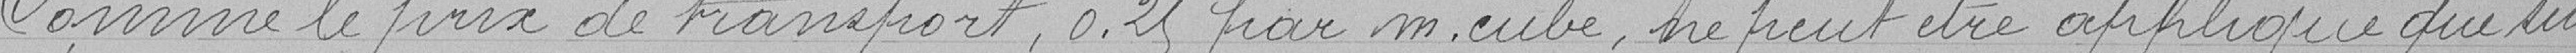
Comme le prix de transport, 0.21 francs par mètre cube, ne peut être appliqué que sur